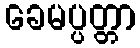
ခေမပ္ပတ္တာ